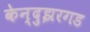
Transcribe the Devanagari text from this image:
केन्दुझरगड